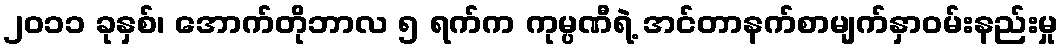
၂၀၁၁ ခုနှစ်၊ အောက်တိုဘာလ ၅ ရက်က ကုမ္ပဏီရဲ့ အင်တာနက်စာမျက်နှာဝမ်းနည်းမှု